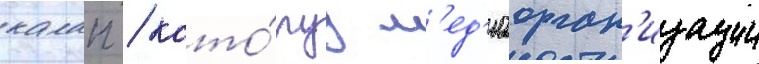
калап / кото́руу м'ед'иаорган'изации